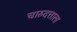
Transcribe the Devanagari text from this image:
चारुदत्ताला